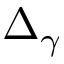
\Delta _ { \gamma }